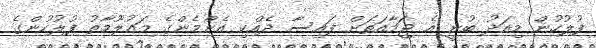
ފުލުހުން މިއަދު ބުނީ އެ ޖަމާއަތަށް ފައިސާ ދެއްކި އެންމެންގެ މައުލޫމާތު ފުލުހުންގެ